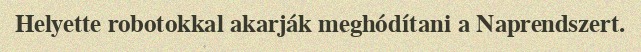
Helyette robotokkal akarják meghódítani a Naprendszert.